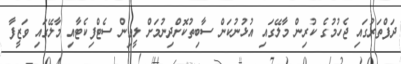
ދަފްތަރުގައި ޖެހުމުގެ ކުރިން މާލޭގައި އުޅުނުކަން ސާބިތުކޮށްދިނުމަށް ލީވިން ސެޓްފިކެޓާއި މާލޭގައި ވަޒީފާ